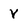
Character: V